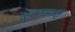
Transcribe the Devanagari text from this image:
कुलनामाची